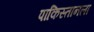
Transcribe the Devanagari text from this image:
पाकिस्तानला